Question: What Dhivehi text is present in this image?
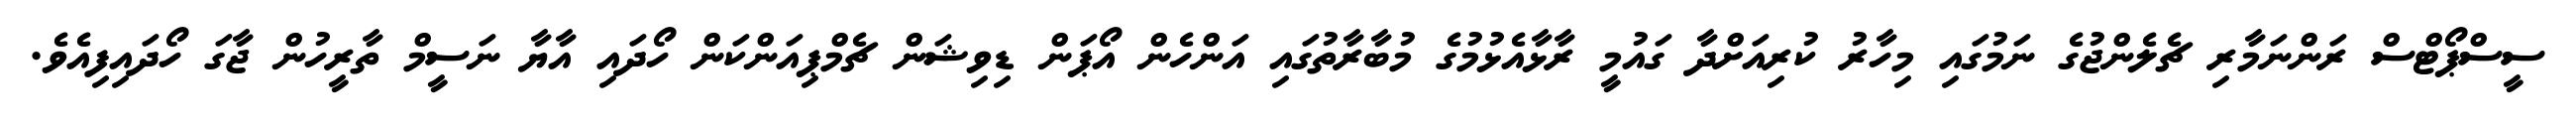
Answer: ސީސްޕޯޓްސް ރަންނަމާރި ޗެލެންޖުގެ ނަމުގައި މިހާރު ކުރިއަށްދާ ގައުމީ ރާޅާއެޅުމުގެ މުބާރާތުގައި އަންހެން އޯޕަން ޑިވިޝަން ޗެމްޕިއަންކަން ހޯދައި އާޔާ ނަސީމް ތާރީހުން ޖާގަ ހޯދައިފިއެވެ.